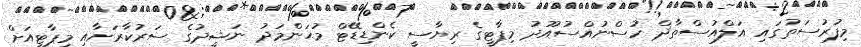
މިފުރުސަތުގައި އަލްއުސްތާޛް ހުސްނުއްސުއޫދު މިޕާޓީގެ ރިޔާސީ ކެންޑިޑޭޓް މުޙަންމަދު ނަޝީދުގެ ސަރުކާރަށާއި މިޕާޓީއަށް